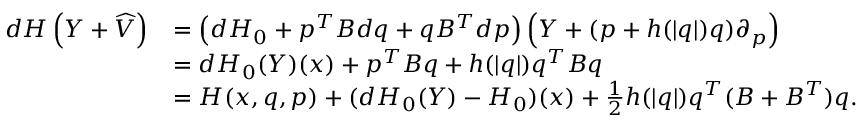
\begin{array} { r l } { d H \left( Y + \widehat { V } \right) } & { = \left( d H _ { 0 } + p ^ { T } B d q + q B ^ { T } d p \right) \left( Y + ( p + h ( | q | ) q ) \partial _ { p } \right) } \\ & { = d H _ { 0 } ( Y ) ( x ) + p ^ { T } B q + h ( | q | ) q ^ { T } B q } \\ & { = H ( x , q , p ) + ( d H _ { 0 } ( Y ) - H _ { 0 } ) ( x ) + \frac { 1 } { 2 } h ( | q | ) q ^ { T } ( B + B ^ { T } ) q . } \end{array}